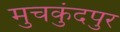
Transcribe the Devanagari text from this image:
मुचकुंदपुर